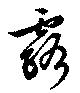
露